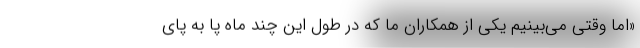
«اما وقتی می‌بینیم یکی از همکاران ما که در طول این چند ماه پا به پای